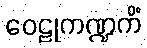
ဝေဠုကဏ္ဍကိံ